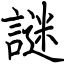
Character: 謎